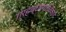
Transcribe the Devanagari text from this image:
ग्रहच्छायाधिकार